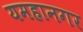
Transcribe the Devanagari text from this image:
यमहानगर